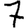
Digit: 7